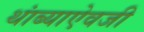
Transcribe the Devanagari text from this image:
थांब्याऐवजी